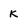
Character: K